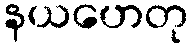
နယဟေတု